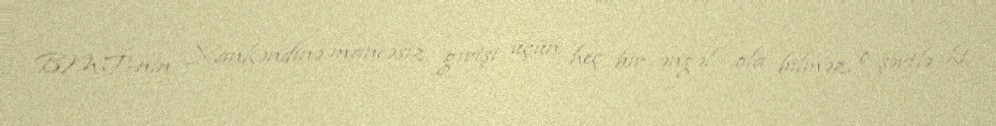
BMT-nin Xankəndinə maneəsiz girişi üçün heç bir əngəl ola bilməz, o şərtlə ki,